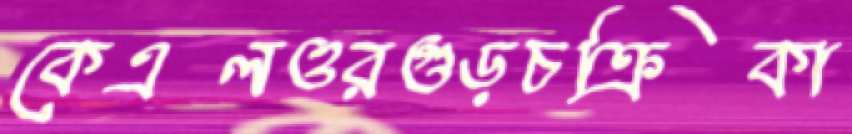
কেএলওরগুড়চক্রিকা